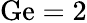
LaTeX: \mathrm{Ge}=2